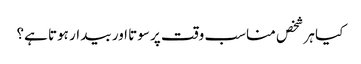
کیا ہر شخص مناسب وقت پر سوتا اور بیدار ہوتا ہے؟